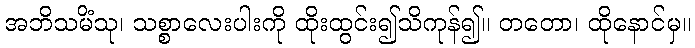
အဘိသမိံသု၊ သစ္စာလေးပါးကို ထိုးထွင်း၍သိကုန်၍။ တတော၊ ထိုနောင်မှ။